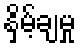
နှိမ့်ချမှု